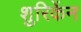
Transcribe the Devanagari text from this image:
शुरिकेंन